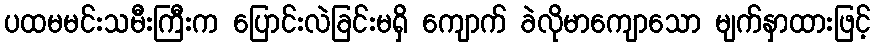
ပထမမင်းသမီးကြီးက ပြောင်းလဲခြင်းမရှိ ကျောက် ခဲလိုမာကျောသော မျက်နှာထားဖြင့်